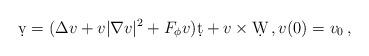
LaTeX: \begin{align*} \d v=(\Delta v+v|\nabla v|^2+F_\phi v)\d t+v\times \d W\,,v(0)=v_0\,,\end{align*}